Vaccination in Bombay 1913-1923 - 1913-1923
Year: 1913
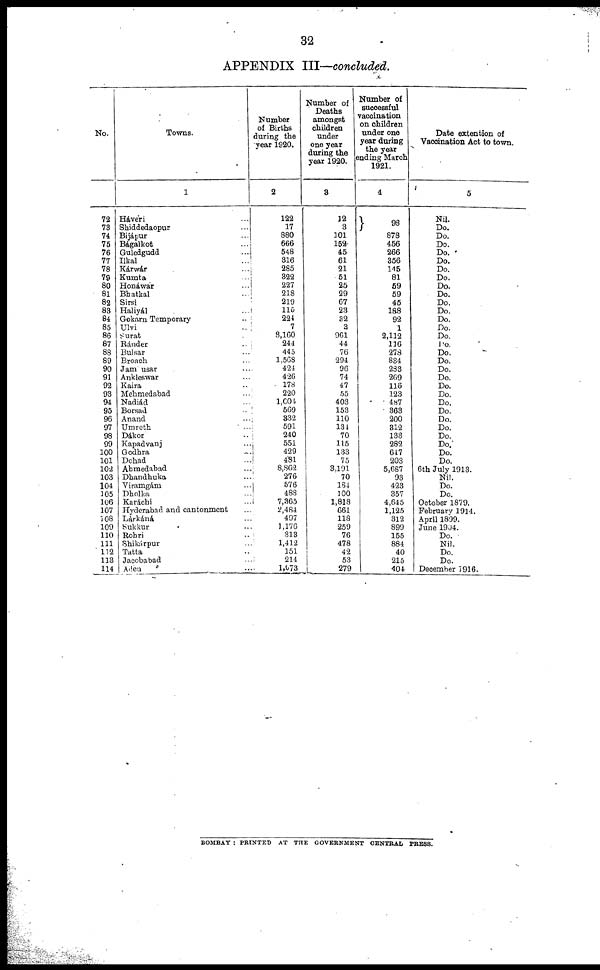
32
APPENDIX III—concluded.
No.
72
73
74
75
76
77
78
78
80
81
82
83
84
85
86
87
88
89
90
91
92
93
94
95
96
97
98
99
100
101
102
103
104
105
106
107
108
109
110
111
112
113
114
Towns.
1
Háveri ...
Shiddedaopur ...
Bijápur ...
Bágalkot ...
Guledgudd ...
Ilkal ...
Kárwár ...
Kumta ...
Honáwár ...
Bhatkal ...
Sirsi ...
Haliyál ...
Gokarn Temporary ...
Ulvi ...
Surat ...
Ránder ...
Bulsar ...
Broach ...
Jamusar ...
Ankleswar ...
Kaira ...
Mehmedabad ...
Nadiád ...
Borsad ...
Anand ...
Umreth ...
Dákor ...
Kapadvanj ...
Godhra ...
Dohad ...
Ahmedabad ...
Dhandhuka ...
Viramgám ...
Dholka ...
Karáchi ...
Hyderabad and cantonment ...
Làrkáná ...
Sukkur ...
Rohri ...
Shikárpur ...
Tatta ...
Jacobabad ...
Aden
...
Number
of Births
during the
year 1920.
2
122
17
880
666
548
316
285
322
227
218
219
115
224
7
8,160
244
445
1,568
424
426
178
220
1,004
569
332
591
240
551
429
481
8,862
276
576
488
7,365
2,484
497
1,176
313
1,412
151
214
1,073
Number of
Deaths
amongst
children
under
one year
during the
year 1920.
3
12
3
101
152
45
61
21
51
25
29
67
23
32
3
961
44
76
294
96
74
47
55
403
153
110
134
70
115
133
75
3,191
70
184
100
1,818
661
118
259
76
478
42
53
279
Number of
successful
vaccination
on children
year during
the year
ending March
1921.
4
98
878
456
266
356
115
81
59
59
45
188
92
1
2,112
116
278
834
283
269
116
123
487
363
200
312
133
282
617
203
5,687
93
423
357
4,645
1,125
312
899
155
884
40
215
404
Date extention of
Vaccination Act to town.
5
Nil.
Do.
Do.
Do.
Do.
Do.
Do.
Do.
Do.
Do.
Do.
Do.
Do.
Do.
Do.
Do.
Do.
Do.
Do.
Do.
Do.
Do.
Do.
Do.
Do.
Do.
Do.
Do.
Do.
Do.
6th July 1913.
Nil.
Do.
Do.
October 1879.
February 19l4.
April 1899.
June 1904.
Do.
Nil.
Do.
Do.
December 1916.
BOMBAY : PRINTED AT THE GOVERNMENT CENTRAL PRESS.